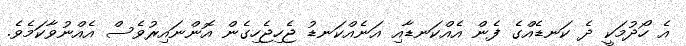
އެ ހޯދުމަކީ ދެ ކަނޑެއްގެ ފެން އެއްކަނޑާއި އަނެއްކަނޑު ޖެހިޖެހިގެން އޮންނައިރުވެސް އެއްނުވާކަމެވެ.